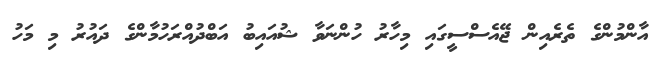
އާންމުންގެ ތެރެއިން ޖޭއެސްސީގައި މިހާރު ހުންނަވާ ޝުއައިބު އަބްދުއްރަހުމާންގެ ދައުރު މި މަހު